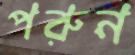
পরুন